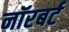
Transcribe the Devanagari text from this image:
नॉरबर्ट